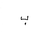
Letter: _ba